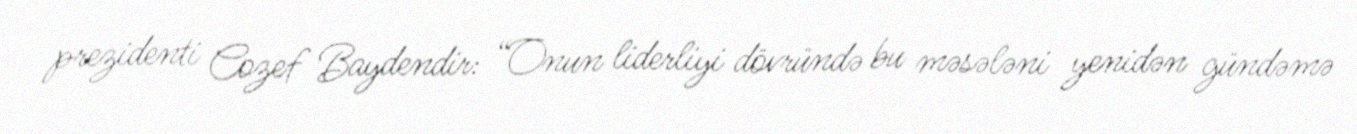
prezidenti Cozef Baydendir: “Onun liderliyi dövründə bu məsələni yenidən gündəmə